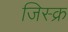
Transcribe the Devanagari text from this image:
जिस्क्र